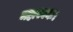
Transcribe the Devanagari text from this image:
महास्वनः।